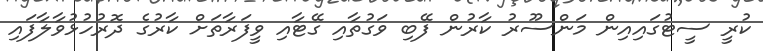
ކުރީ ސީޓުގައިއިން މަންސޫރު ކާރުން ފޭބި ވަގުތާއި ގޭޓާއި ވީފަރާތަށް ކާރުގެ ދޮރުހުޅުވާލާފައި